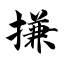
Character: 搛